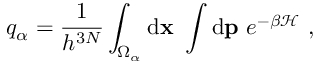
q _ { \alpha } = \frac { 1 } { h ^ { 3 N } } \int _ { \Omega _ { \alpha } } \ensuremath { \mathrm { d } } \ensuremath { \mathbf { x } } \ \int \ensuremath { \mathrm { d } } \ensuremath { \mathbf { p } } \ e ^ { - \beta \mathcal { H } } \ ,